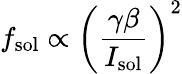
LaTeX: f_{\textnormal{sol}}\propto\left(\frac{\gamma\beta}{I_{\textnormal{sol}}}\right)^{2}